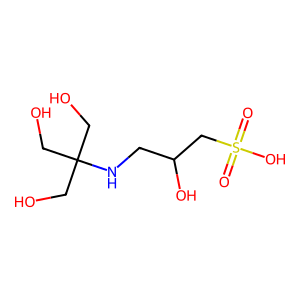
SMILES: O=S(=O)(O)CC(O)CNC(CO)(CO)CO
Inhibits HIV replication: No